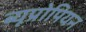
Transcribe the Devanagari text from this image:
ब्यूप्रोपियन